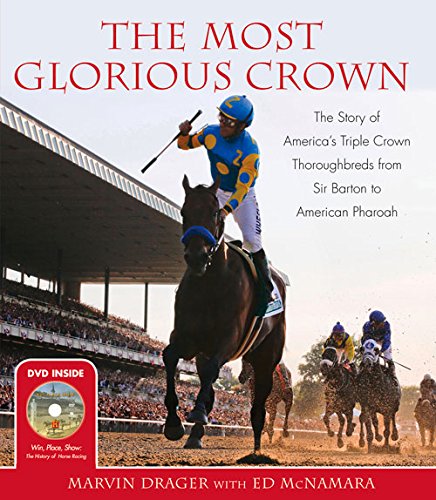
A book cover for The Most Glorious Crown: The Story of America's Triple Crown Thoroughbreds from Sir Barton to American Pharaoh; Marvin Drager; Sports & Outdoors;